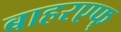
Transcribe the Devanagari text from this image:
बाहरएफ्